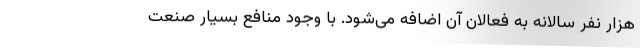
هزار نفر سالانه به فعالان آن اضافه می‌شود. با وجود منافع بسیار صنعت